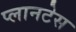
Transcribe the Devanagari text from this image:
प्लानटेस